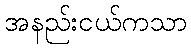
အနည်းငယ်ကသာ